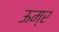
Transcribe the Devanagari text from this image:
ऊम्र